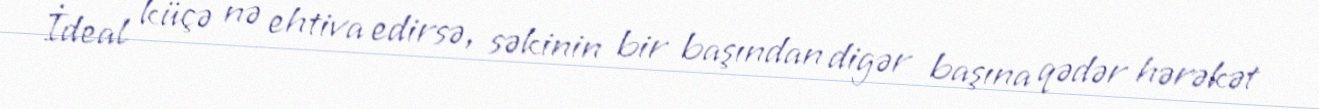
İdeal küçə nə ehtiva edirsə, səkinin bir başından digər başına qədər hərəkət